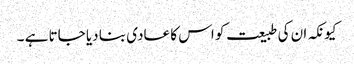
کیونکہ ان کی طبیعت کو اس کا عادی بنا دیا جاتا ہے ۔